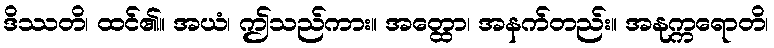
ဒိဿတိ၊ ထင်၏။ အယံ၊ ဤသည်ကား။ အတ္ထော၊ အနက်တည်း။ အနုက္ကရောတိ၊